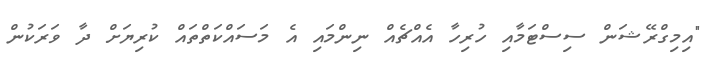
"އިމިގްރޭޝަން ސިސްޓަމާއި ހުރިހާ އެއްޗެއް ނިންމައި އެ މަސައްކަތްތައް ކުރިޔަށް ދާ ވަރަކުން